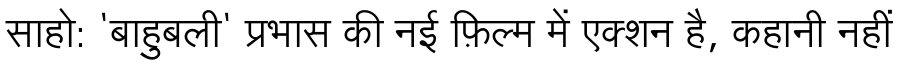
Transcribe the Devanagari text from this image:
साहो: 'बाहुबली' प्रभास की नई फ़िल्म में एक्शन है, कहानी नहीं